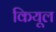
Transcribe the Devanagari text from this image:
कियूल